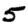
Digit: 5